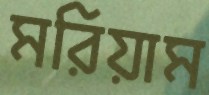
মরিয়াম